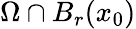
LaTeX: \Omega\cap B_{r}(x_{0})